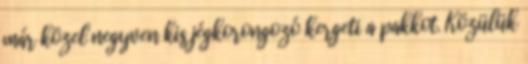
már közel negyven kis jégkorongozó kergeti a pakkot. Közülük